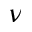
\nu